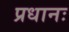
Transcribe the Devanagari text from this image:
प्रधानः